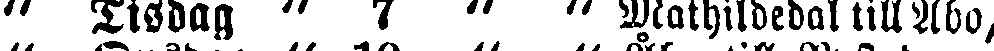
" Tisdag " 7 " " Mathildedal till Åbo,